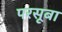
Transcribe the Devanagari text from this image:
परसूबा